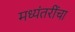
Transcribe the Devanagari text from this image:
मध्यंतरींचा